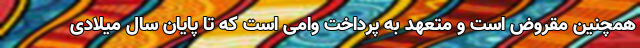
همچنین مقروض است و متعهد به پرداخت وامی است که تا پایان سال میلادی